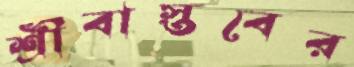
শ্রীবাস্তবের